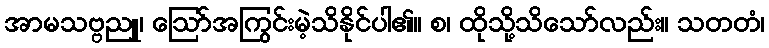
အာမသဗ္ဗညူ၊ ဩော်အကြွင်းမဲ့သိနိုင်ပါ၏။ စ၊ ထိုသို့သိသော်လည်း။ သတတံ၊